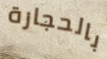
بالحجارة